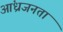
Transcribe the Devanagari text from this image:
आंध्रजनता